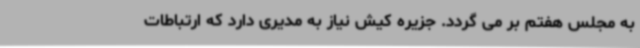
به مجلس هفتم بر می گردد. جزیره کیش نیاز به مدیری دارد که ارتباطات